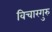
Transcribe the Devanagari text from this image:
विचारगुरु